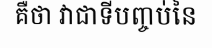
គឺថា វាជាទីបញ្ចប់នៃ